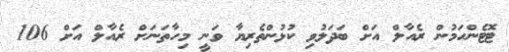
ޓޮޓެންހަމުން ރެއާލް އަށް ބަދަލުވި ކުޅުންތެރިޔާ ވަނީ މިހާތަނަށް ރެއާލް އަށް 106